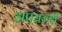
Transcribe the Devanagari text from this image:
अपसरणी